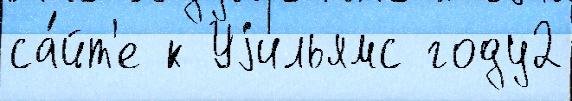
са́йт'е к Уjильямс году2